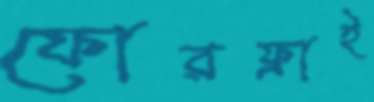
ফোরফ্লাই